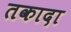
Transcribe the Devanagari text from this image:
तकादा